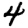
Digit: 4